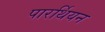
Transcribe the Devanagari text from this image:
पारर्थियन